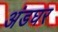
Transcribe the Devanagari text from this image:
अंडघर